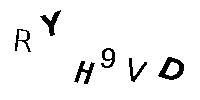
RYH9VD